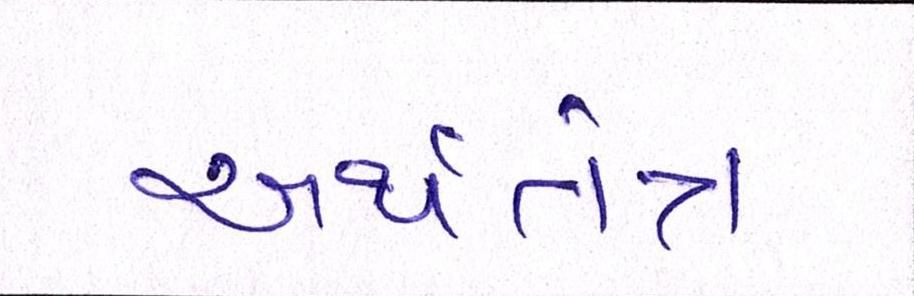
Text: અર્થતંત્ર